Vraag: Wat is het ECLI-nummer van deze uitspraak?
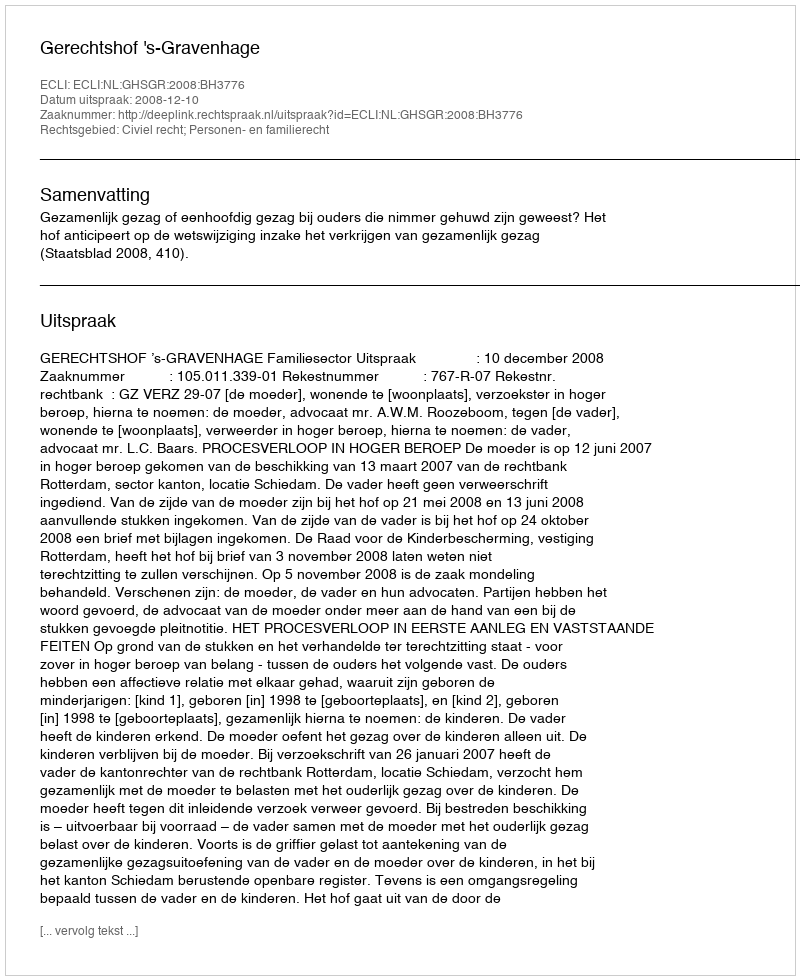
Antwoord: ECLI:NL:GHSGR:2008:BH3776